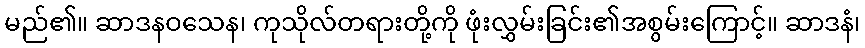
မည်၏။ ဆာဒနဝသေန၊ ကုသိုလ်တရားတို့ကို ဖုံးလွှမ်းခြင်း၏အစွမ်းကြောင့်။ ဆာဒနံ၊